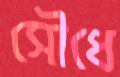
সৌধে